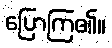
ပြောကြ၏။